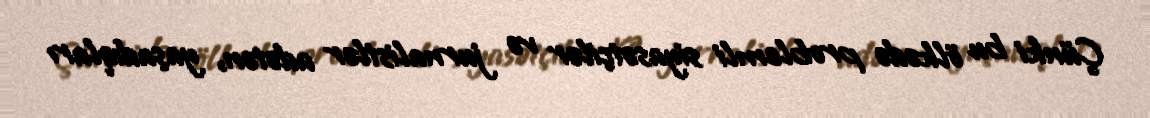
Çünki bu ölkədə problemli siyasətçilər və jurnalistlər adətən, yaşadıqları